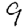
Digit: 9